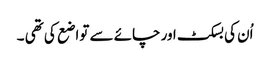
اُن کی بسکٹ اور چائے سے تواضع کی تھی ۔